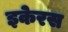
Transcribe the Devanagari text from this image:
इकेरस